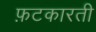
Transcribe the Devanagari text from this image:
फ़टकारती